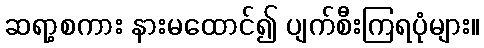
ဆရာ့စကား နားမထောင်၍ ပျက်စီးကြရပုံများ။